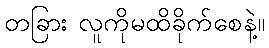
တခြား လူကိုမထိခိုက်စေနဲ့။